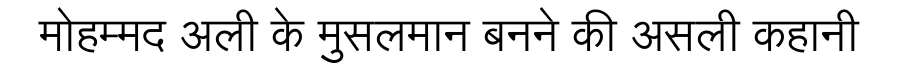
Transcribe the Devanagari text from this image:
मोहम्मद अली के मुसलमान बनने की असली कहानी